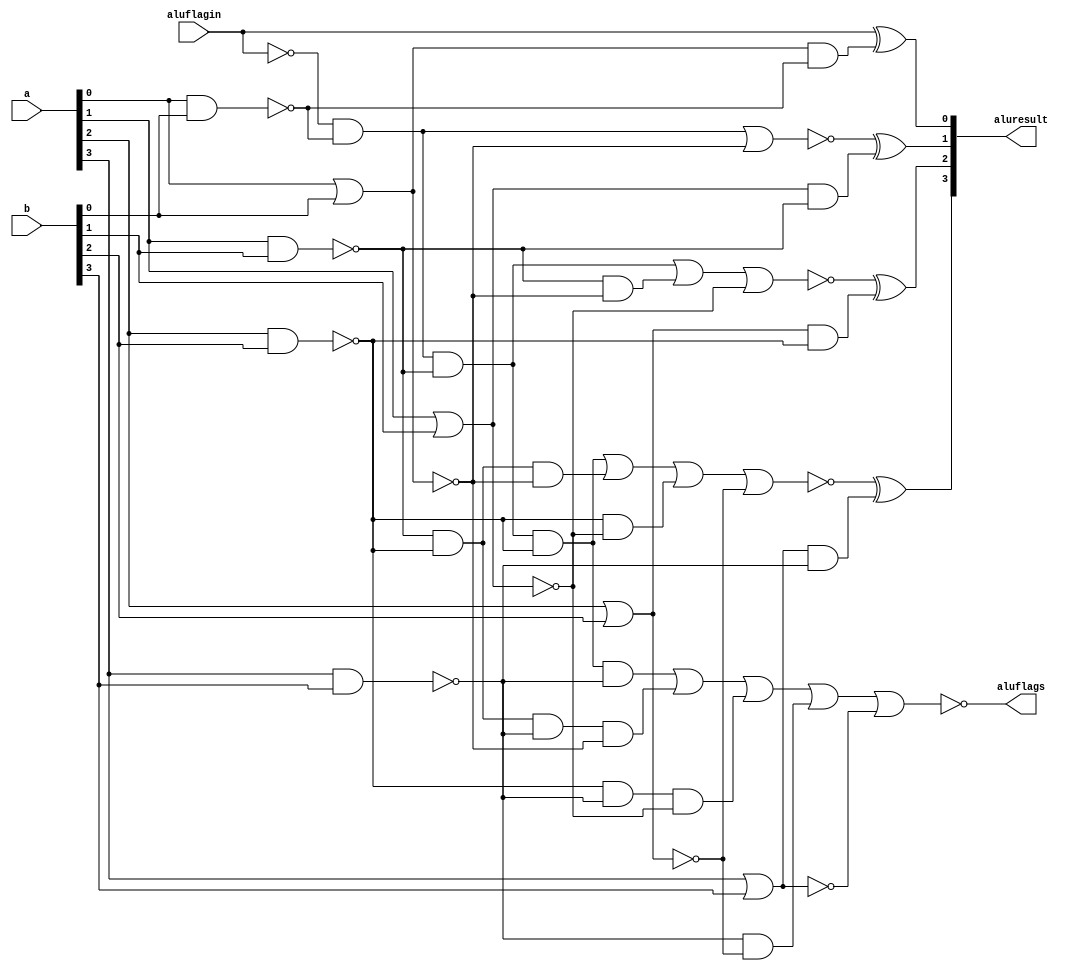
`timescale 1ns / 1ps
//////////////////////////////////////////////////////////////////////////////////
// Company: 
// Engineer: 
// 
// Design Name: 
// Module Name: CLA_4bits
// Project Name: 
// Target Devices: 
// Tool Versions: 
// Description: 
// 
// Dependencies: 
// 
// Revision:
// Revision 0.01 - File Created
// Additional Comments:
// 
//////////////////////////////////////////////////////////////////////////////////


module CLA_4bits #(parameter ancho=4)(
    input [ancho-1:0]a, b, 
    input aluflagin,
    output wire [ancho-1:0]aluresult, 
    output wire aluflags
    );
    
    wire x1;
    wire x2;
    wire x3; 
    wire x4;
    wire x5;
    wire x6;
    wire x7;
    wire x8;
    wire x9;
    
    assign x1=~aluflagin;
    assign x2=~(a[0]|b[0]);
    assign x3=~(a[0]&b[0]);
    assign x4=~(a[1]|b[1]);
    assign x5=~(a[1]&b[1]);
    assign x6=~(a[2]|b[2]);
    assign x7=~(a[2]&b[2]);
    assign x8=~(a[3]|b[3]);
    assign x9=~(a[3]&b[3]);
    
    assign aluresult[0]=~x1^(~x2&x3);
    assign aluresult[1]=~((x1&x3)|x2)^(~x4&x5);
    assign aluresult[2]=~((x1&x3&x5)|(x5&x2)|x4)^(~x6&x7);
    assign aluresult[3]=~((x1&x3&x5&x7)|(x5&x7&x2)|(x7&x4)|x6)^(~x8&x9);
    assign aluflags=~((x1&x3&x5&x7&x9)|(x5&x7&x9&x2)|(x7&x9&x4)|(x9&x6)|x8);
  
endmodule